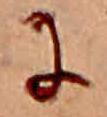
に